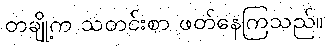
တချို့က သတင်းစာ ဖတ်နေကြသည်။